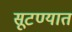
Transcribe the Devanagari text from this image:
सूटण्यात